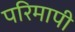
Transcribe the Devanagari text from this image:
परिमापी